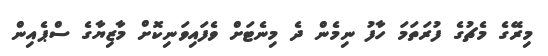
މިރޭގެ މެޗުގެ ފުރަތަމަ ހާފު ނިމެން ދެ މިނެޓަށް ވެފައިވަނިކޮށް މާޒިޔާގެ ސްޕެއިން